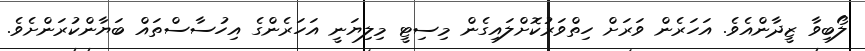
ލޯބިވާ ޒީދާންއެވެ. އަހަރެން ވަރަށް ހިތްވަރުކޮށްލައިގެން މިސިޓީ މިލިޔަނީ އަހަރެންގެ އިހުސާސްތައް ބަޔާންކުރަންށެވެ.